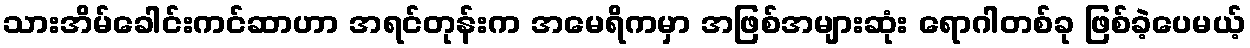
သားအိမ်ခေါင်းကင်ဆာဟာ အရင်တုန်းက အမေရိကမှာ အဖြစ်အများဆုံး ရောဂါတစ်ခု ဖြစ်ခဲ့ပေမယ့်